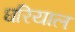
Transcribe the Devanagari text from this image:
घरियाल